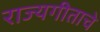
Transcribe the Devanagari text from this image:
राज्यगीताचे